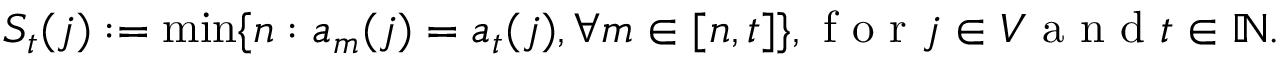
S _ { t } ( j ) : = \operatorname* { m i n } \{ n : a _ { m } ( j ) = a _ { t } ( j ) , \forall m \in [ n , t ] \} , \mathrm { ~ f ~ o ~ r ~ } j \in V \mathrm { ~ a ~ n ~ d ~ } t \in \mathbb { N } .